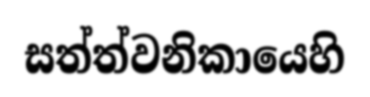
සත්ත්වනිකායෙහි